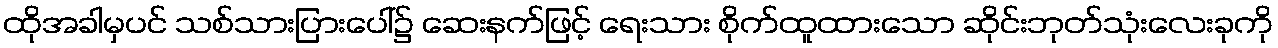
ထိုအခါမှပင် သစ်သားပြားပေါ်၌ ဆေးနက်ဖြင့် ရေးသား စိုက်ထူထားသော ဆိုင်းဘုတ်သုံးလေးခုကို